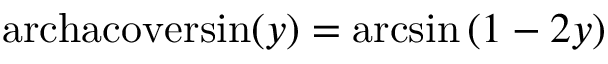
\operatorname { a r c h a c o v e r s i n } ( y ) = \arcsin \left( 1 - 2 y \right)